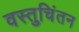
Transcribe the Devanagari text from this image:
वस्तुचिंतन